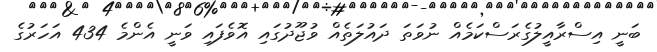
ބަނީ އިސްރާއީލުގެރަސްކަމެއް ނުވަތަ ދައުލަތެއް ވުޖޫދުގައި އޮވެފައި ވަނީ އެންމެ 434 އަހަރުގެ